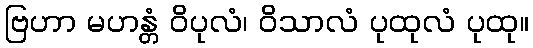
ဗြဟာ မဟန္တံ ဝိပုလံ၊ ဝိသာလံ ပုထုလံ ပုထု။